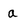
Character: a